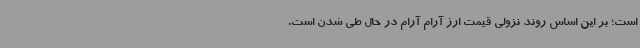
است؛ بر این اساس روند نزولی قیمت ارز آرام آرام در حال طی شدن است.